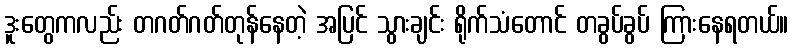
ဒူးတွေကလည်း တဂတ်ဂတ်တုန်နေတဲ့ အပြင် သွားချင်း ရိုက်သံတောင် တခွပ်ခွပ် ကြားနေရတယ်။